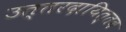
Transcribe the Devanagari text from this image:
उत्तरदायित्तव